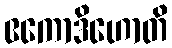
ဧကောဒိဟောတိ